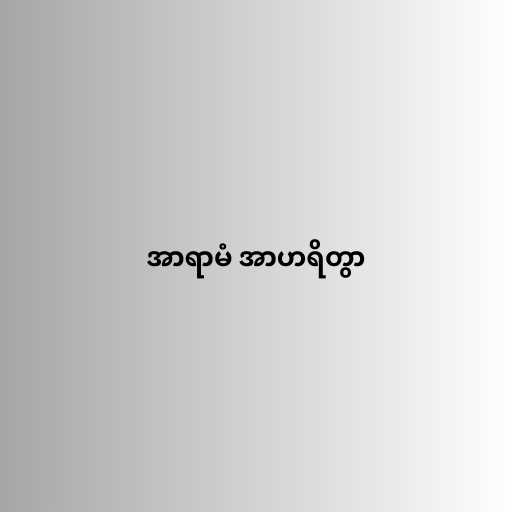
အာရာမံ အာဟရိတွာ